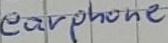
Text: earphone